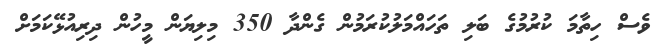
ވެސް ހިތާމަ ކުރުމުގެ ބަލި ތަހައްމަލުކުރަމުން ގެންދާ 350 މިލިޔަން މީހުން ދިރިއުޅޭކަމަށް